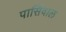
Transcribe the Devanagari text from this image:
पार्सिवाल